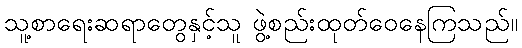
သူ့စာရေးဆရာတွေနှင့်သူ ဖွဲ့စည်းထုတ်ဝေနေကြသည်။